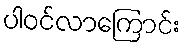
ပါဝင်လာကြောင်း